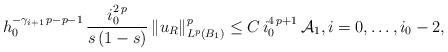
LaTeX: \begin{align*}h_0^{-\gamma_{i+1}\,p-p-1}\,\frac{i_0^{2\,p}}{s\,(1-s)}\,\|u_R\|^p_{L^p(B_1)}&\le C\,i_0^{4\,p+1}\,\mathcal{A}_1,i=0,\dots,i_0-2,\end{align*}